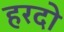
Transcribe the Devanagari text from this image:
हरदो